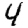
Digit: 4